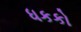
ધકકો